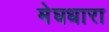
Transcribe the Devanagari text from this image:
मेघधारा